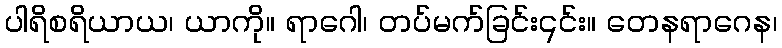
ပါရိစရိယာယ၊ ယာကို။ ရာဂေါ၊ တပ်မက်ခြင်း၎င်း။ တေနရာဂေန၊